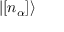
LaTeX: | [ n _ { \alpha } ] \rangle